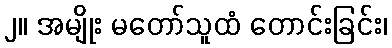
၂။ အမျိုး မတော်သူထံ တောင်းခြင်း၊